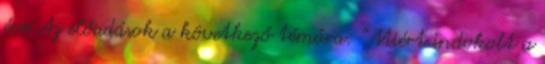
éve Az előadások a következő témára: "Miért indokolt a